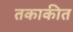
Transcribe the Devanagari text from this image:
तकाकीत